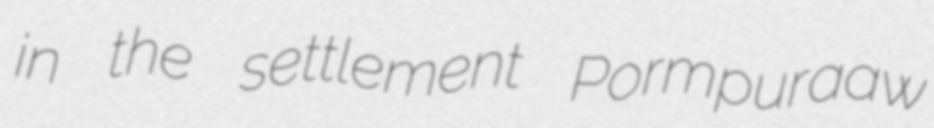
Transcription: in the settlement Pormpuraaw